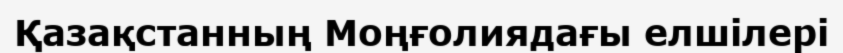
Қазақстанның Моңғолиядағы елшілері